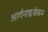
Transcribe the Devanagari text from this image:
आर्गनाइजेसन